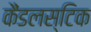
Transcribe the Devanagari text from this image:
कैंडलस्टिक